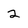
Character: 2